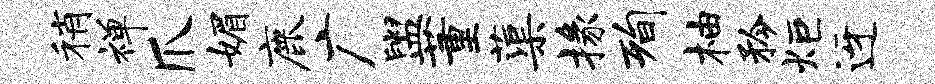
稍禅爪媚鹿广盥董蕖掾洵柚矜炬迓